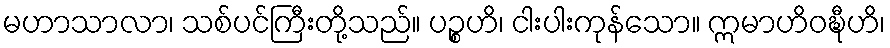
မဟာသာလာ၊ သစ်ပင်ကြီးတို့သည်။ ပဉ္စဟိ၊ ငါးပါးကုန်သော။ ဣမာဟိဝဍ္ဎီဟိ၊